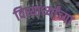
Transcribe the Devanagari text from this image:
विध्यार्थ्यांच्या